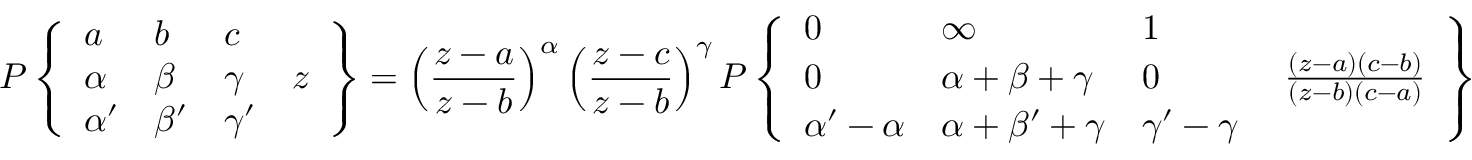
P \left\{ { \begin{array} { l l l l } { a } & { b } & { c } & { \; } \\ { \alpha } & { \beta } & { \gamma } & { z } \\ { \alpha ^ { \prime } } & { \beta ^ { \prime } } & { \gamma ^ { \prime } } & { \; } \end{array} } \right\} = \left( { \frac { z - a } { z - b } } \right) ^ { \alpha } \left( { \frac { z - c } { z - b } } \right) ^ { \gamma } P \left\{ { \begin{array} { l l l l } { 0 } & { \infty } & { 1 } & { \; } \\ { 0 } & { \alpha + \beta + \gamma } & { 0 } & { \; { \frac { ( z - a ) ( c - b ) } { ( z - b ) ( c - a ) } } } \\ { \alpha ^ { \prime } - \alpha } & { \alpha + \beta ^ { \prime } + \gamma } & { \gamma ^ { \prime } - \gamma } & { \; } \end{array} } \right\}